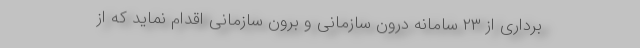
برداری از ۲۳ سامانه درون سازمانی و برون سازمانی اقدام نماید که از